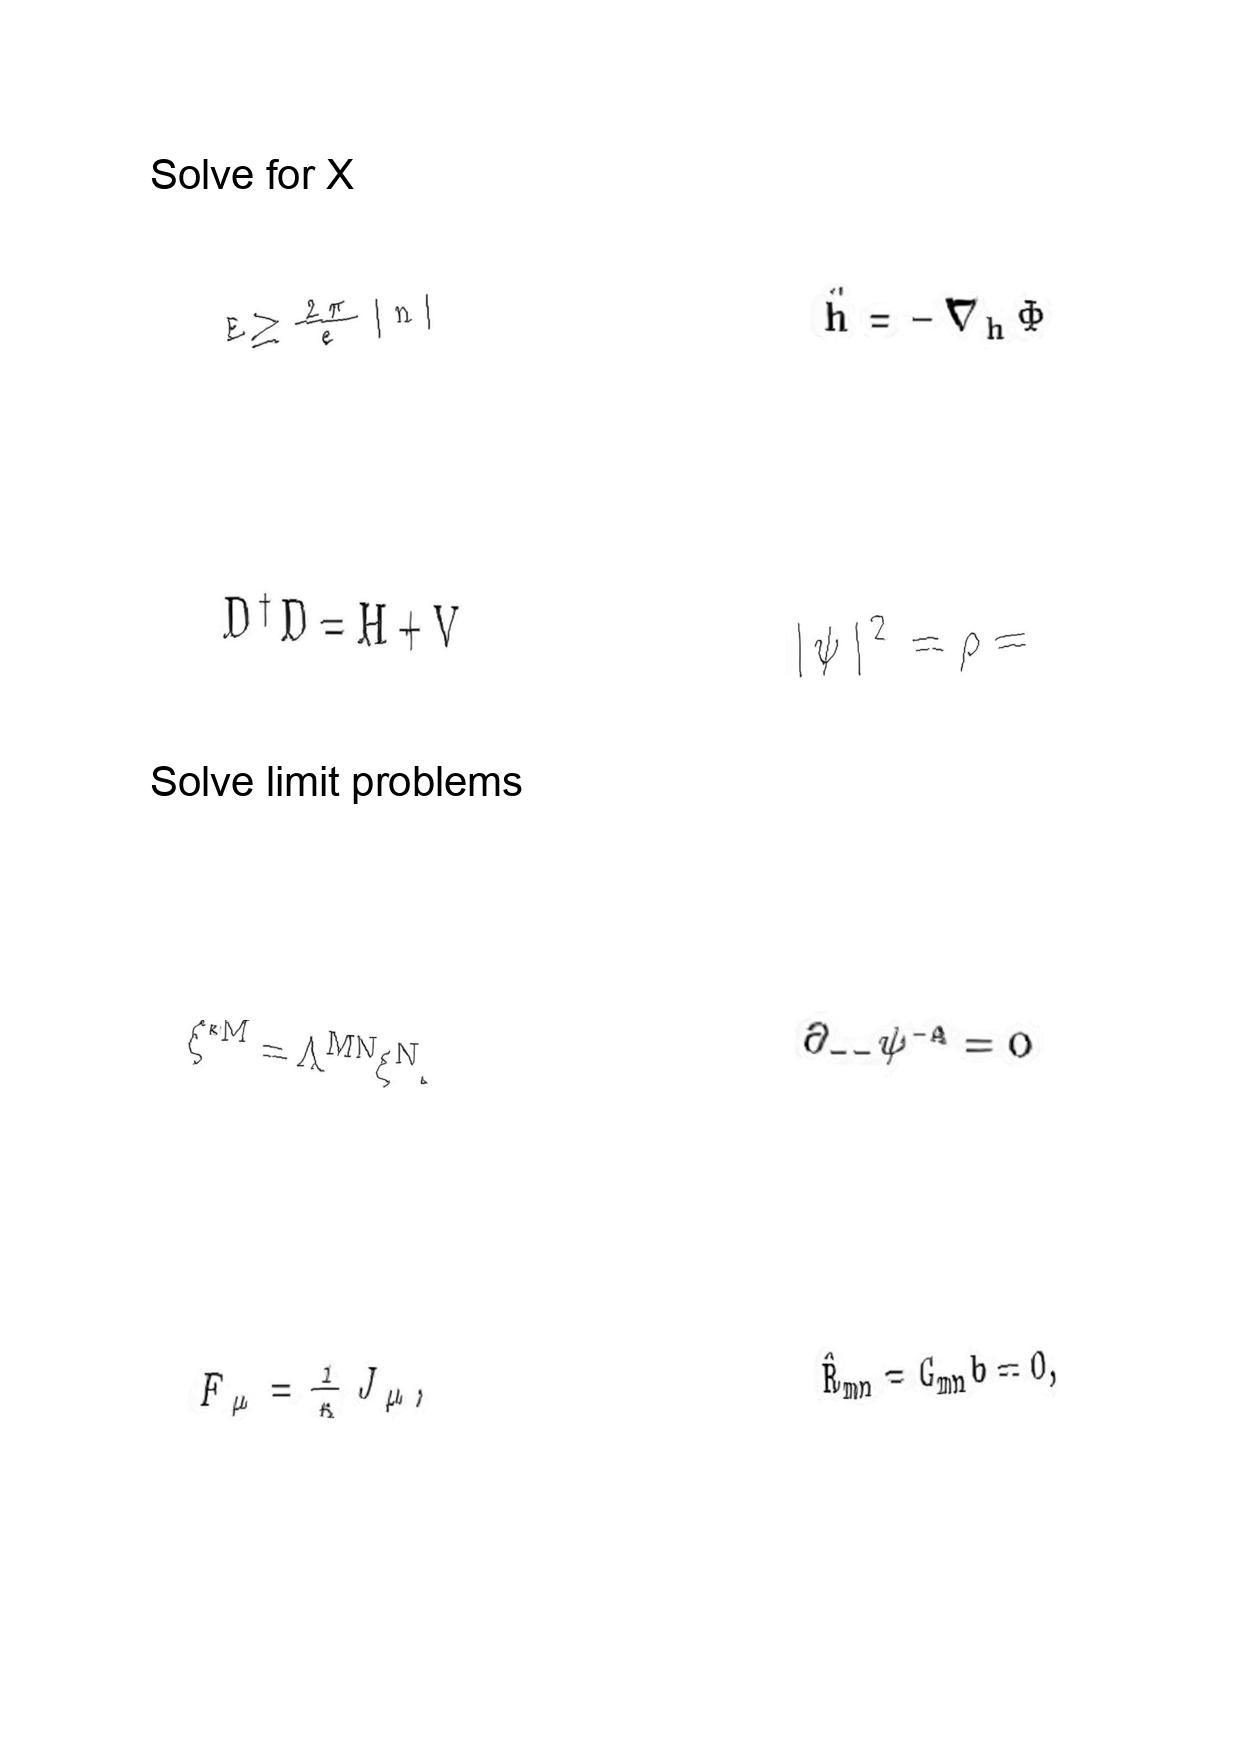
LaTeX transcription:
E \geq \frac { 2 \pi } { e } \vert n \vert
D ^ { \dagger } D = H + V
\xi ^ { \ast M } = \Lambda ^ { M N } \xi ^ { N } .
F _ { \mu } = \frac { 1 } { \kappa } J _ { \mu } ,
\ddot { h } = - \nabla _ { h } \Phi
\vert \psi \vert ^ { 2 } = \rho =
\partial _ { - - } \psi ^ { - A } = 0
\hat { R } _ { m n } = G _ { m n } b = 0 ,